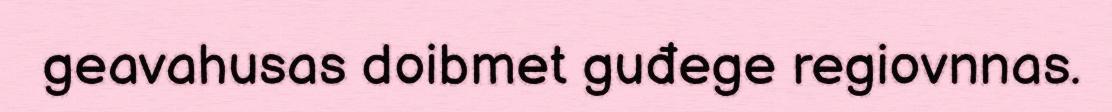
geavahusas doibmet guđege regiovnnas.